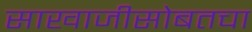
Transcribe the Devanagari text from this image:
साखाजीसोबतचा